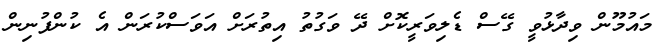
މައުމޫން ވިދާޅުވީ ގޭސް ޑެލިވަރީކޮށް ދޭ ވަގުތު އިތުރަށް އަވަސްކުރަން އެ ކުންފުނިން